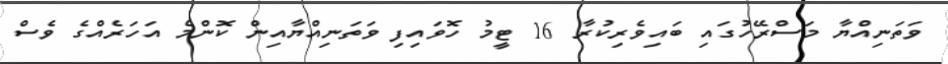
ވަތަނިއްޔާ މަސްރޭހުގައި ބައިވެރިކުރާ 16 ޓީމު ހޮވައިފި ވަތަނިއްޔާއިން ކޮންމެ އަހަރެއްގެ ވެސް